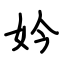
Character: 妗